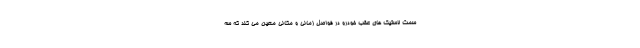
سمت لاستیک های عقب خودرو در فواصل زمانی و مکانی معین می کند که سه